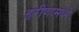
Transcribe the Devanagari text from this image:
हरीणामध्ये